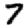
Digit: 7